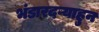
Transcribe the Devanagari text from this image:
भंडारदऱ्याहुन